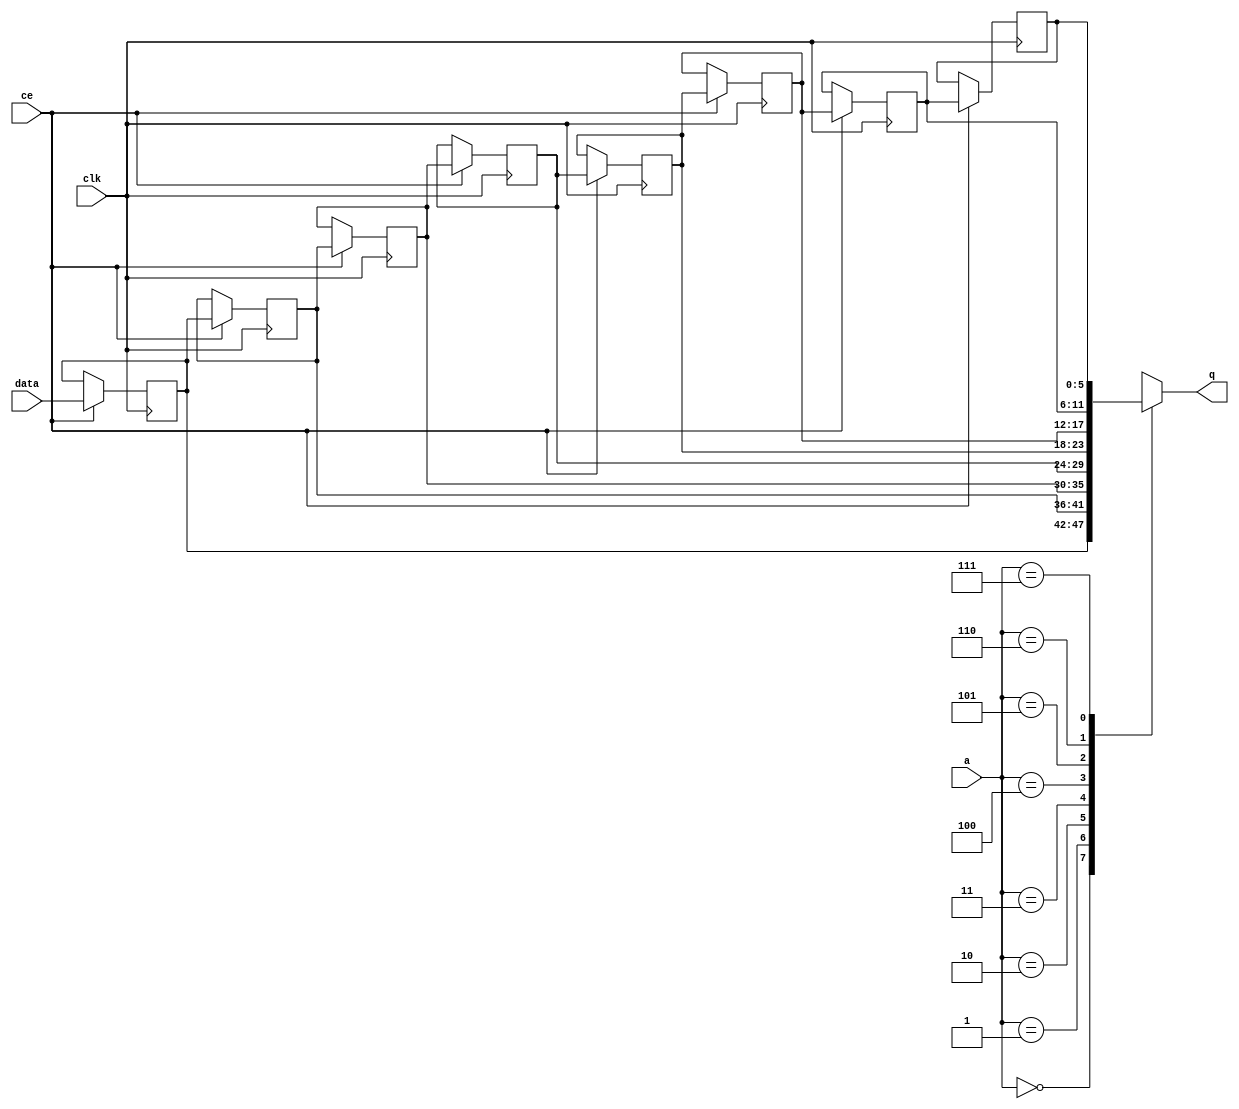
module td_fused_top_fifo_w6_d8_S_x_shiftReg (
    clk,
    data,
    ce,
    a,
    q);

parameter DATA_WIDTH = 32'd6;
parameter ADDR_WIDTH = 32'd3;
parameter DEPTH = 4'd8;

input clk;
input [DATA_WIDTH-1:0] data;
input ce;
input [ADDR_WIDTH-1:0] a;
output [DATA_WIDTH-1:0] q;

reg[DATA_WIDTH-1:0] sr_0, sr_1, sr_2, sr_3, sr_4, sr_5, sr_6, sr_7;
integer i;

always @ (posedge clk)
    begin
        if (ce)
        begin
            sr_0 <= data;
            sr_1 <= sr_0;
            sr_2 <= sr_1;
            sr_3 <= sr_2;
            sr_4 <= sr_3;
            sr_5 <= sr_4;
            sr_6 <= sr_5;
            sr_7 <= sr_6;


        end
    end

always @( sr_0, sr_1, sr_2, sr_3, sr_4, sr_5, sr_6, sr_7, a) begin
   case (a)
      3'd0: q = sr_0;
      3'd1: q = sr_1;
      3'd2: q = sr_2;
      3'd3: q = sr_3;
      3'd4: q = sr_4;
      3'd5: q = sr_5;
      3'd6: q = sr_6;
      3'd7: q = sr_7;
      default: q = sr_7;
   endcase
end

endmodule